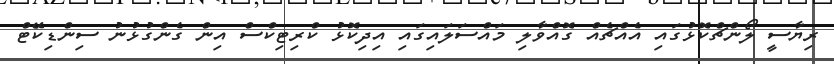
ރިޔާސީ ލޯންޗްކޮޅުގައި އެއްޗެއް ގޮއްވާލި މައްސަލައިގައި އިދިކޮޅު ކްރިޓިކްސް އިން ގެންގުޅުނު ސިންޑިކޭޓް